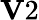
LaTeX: {\mathbf V}2